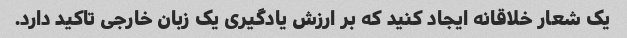
یک شعار خلاقانه ایجاد کنید که بر ارزش یادگیری یک زبان خارجی تاکید دارد.